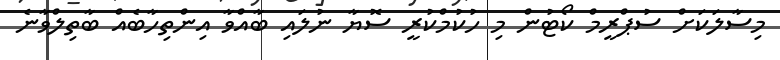
މިސާލަކަށް ސުޕްރީމް ކޯޓުން މި ހުކުމްކުރީ ސޮޔާ ނުލައި ބާއްވާ އިންތިހާބެއް ބާތިލްވާނެ